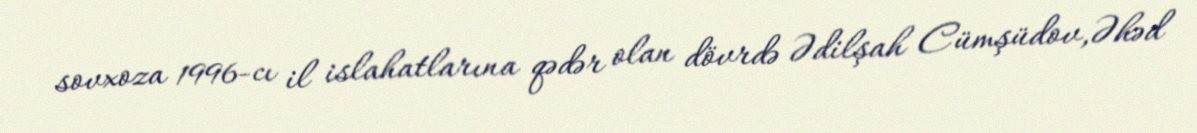
sovxoza 1996-cı il islahatlarına qədər olan dövrdə Ədilşah Cümşüdov,Əhəd